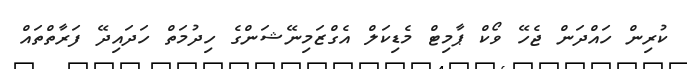
ކުރިން ހައްދަން ޖެހޭ ވޯކް ޕާމިޓް މެޑިކަލް އެގްޒަމިނޭޝަންގެ ހިދުމަތް ހަދައިދޭ ފަރާތްތައް